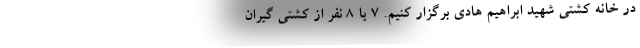
در خانه کشتی شهید ابراهیم هادی برگزار کنیم. ۷ یا ۸ نفر از کشتی گیران